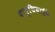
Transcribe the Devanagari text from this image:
पार्थियाईके